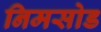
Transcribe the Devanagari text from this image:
निमसोड